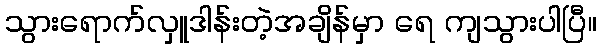
သွားရောက်လှူဒါန်းတဲ့အချိန်မှာ ရေ ကျသွားပါပြီ။